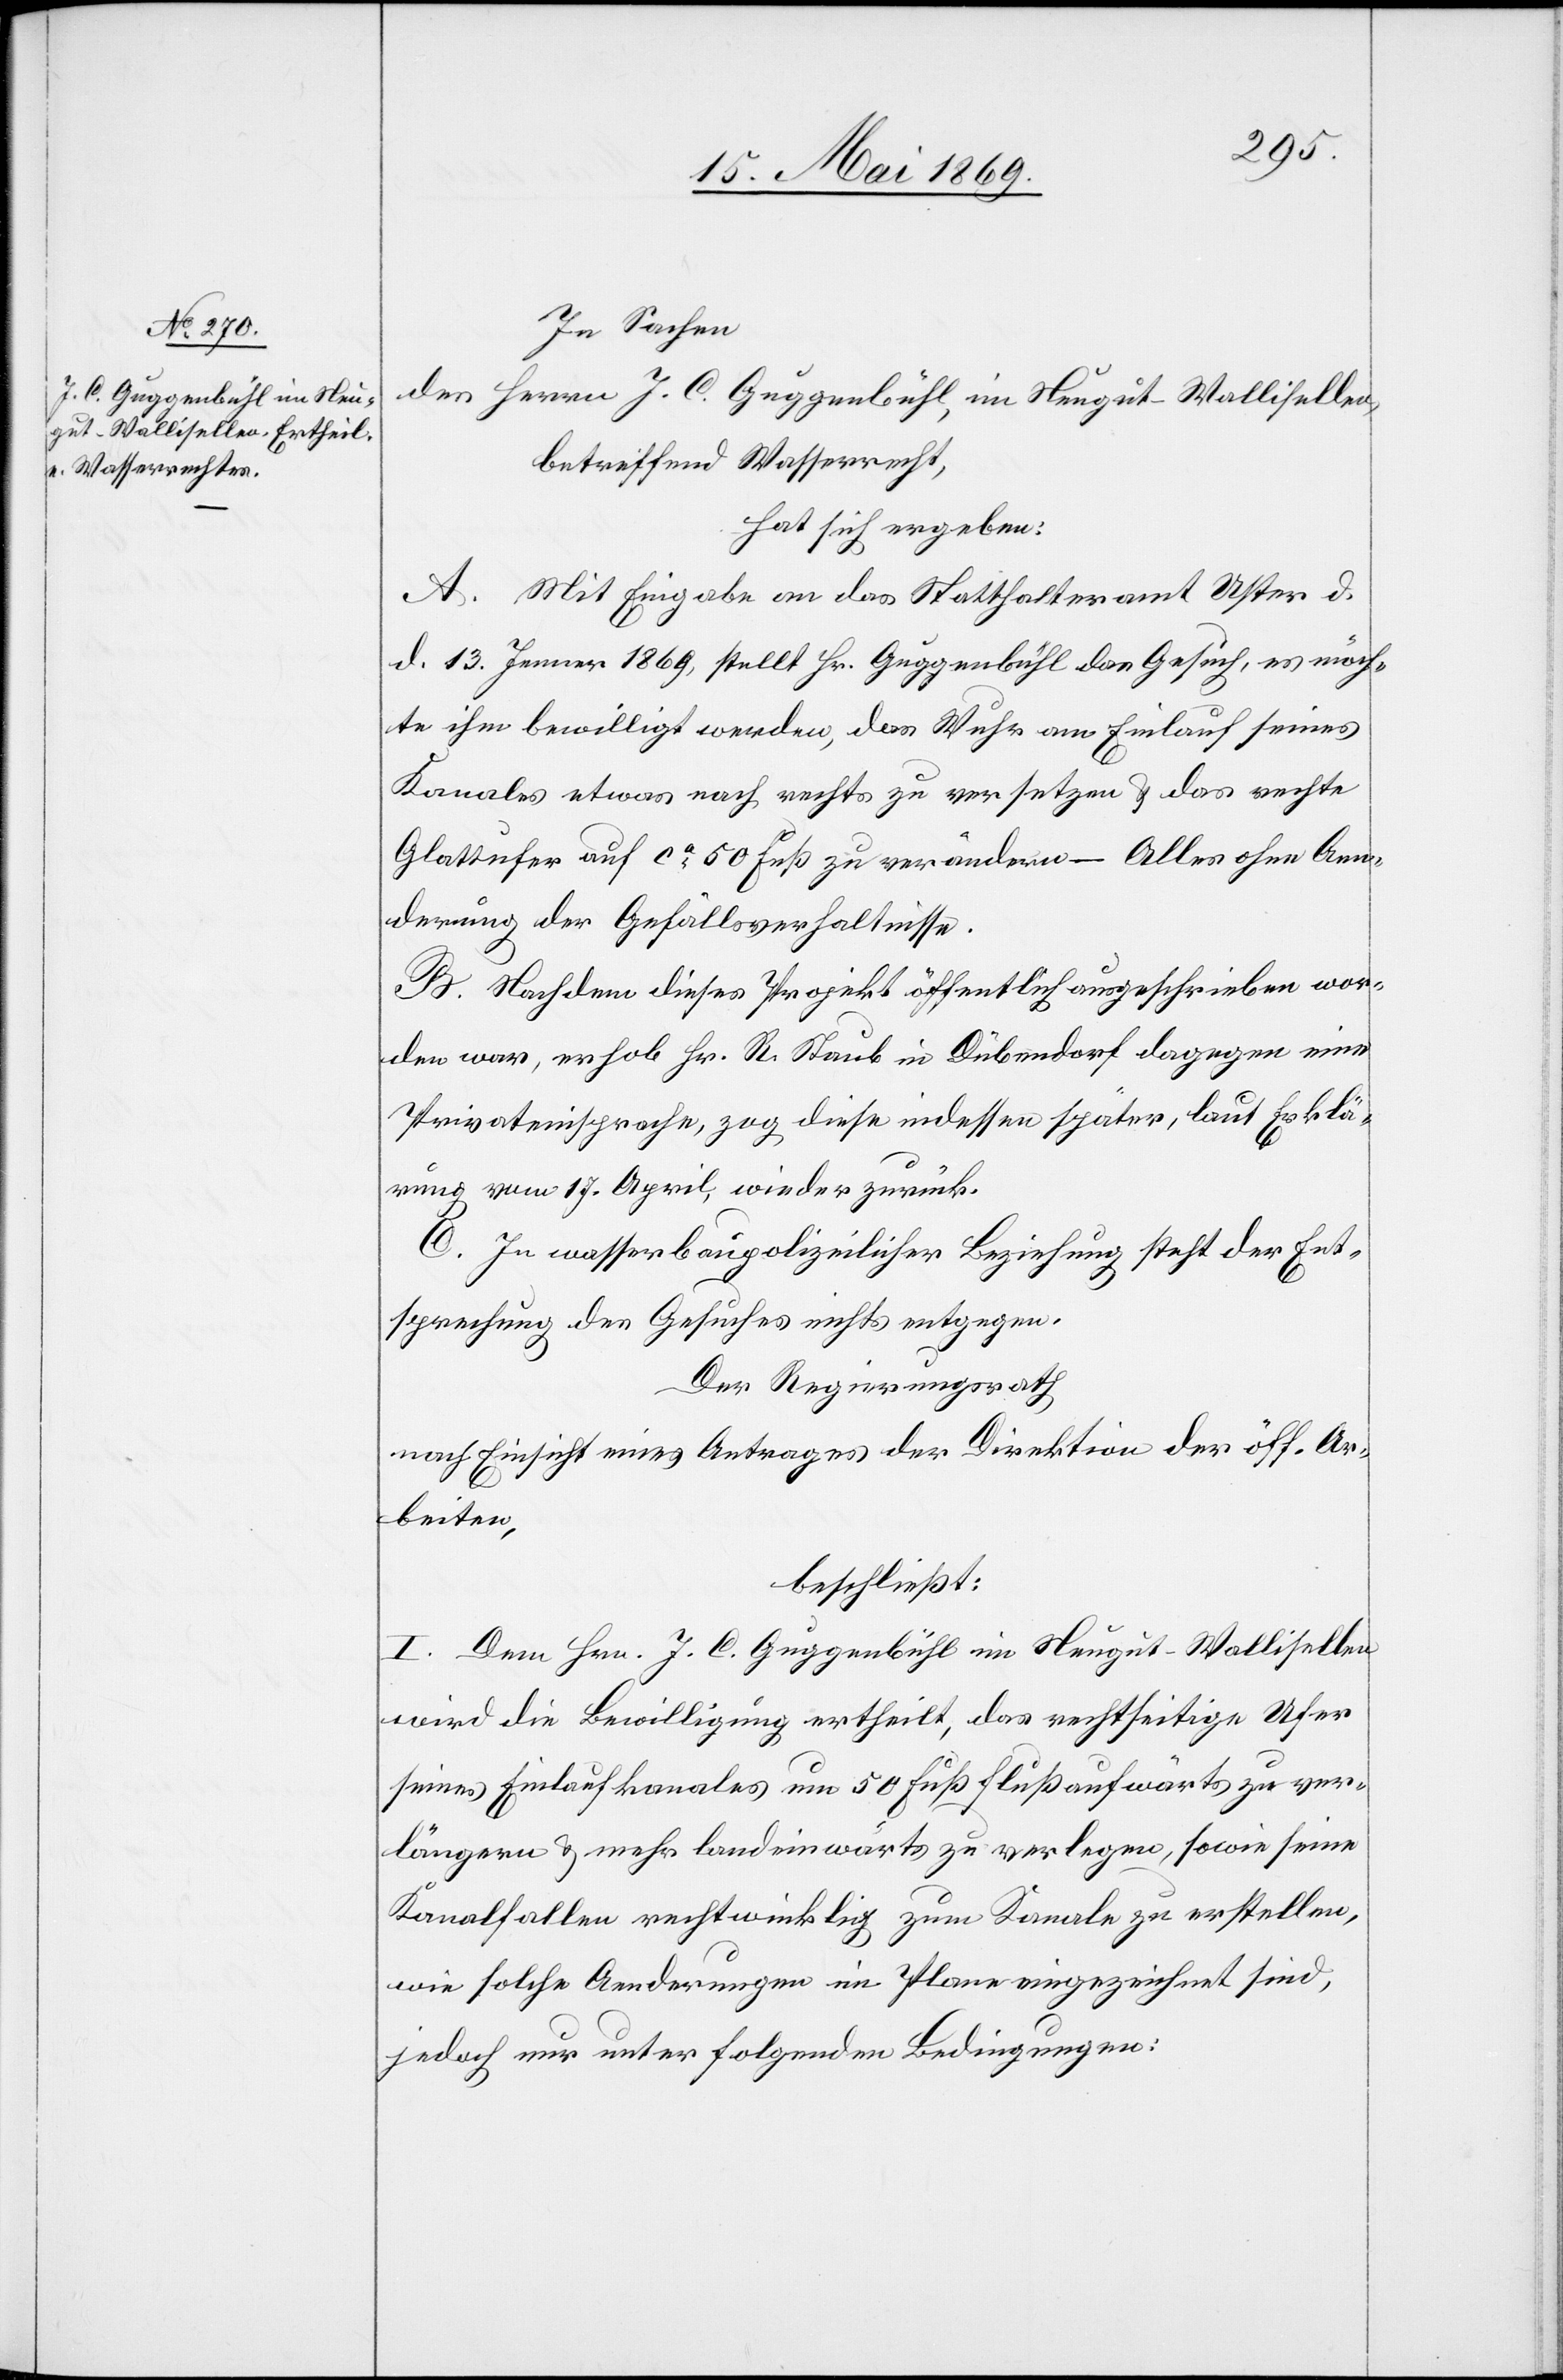
In Sachen
des Herrn J. C. Guggenbühl, im Neugut-Wallisellen,
betreffend Wasserrecht,
hat sich ergeben:
A. Mit Eingabe an das Statthalteramt Uster d.
d. 13. Jenner 1869, stellt Hr. Guggenbühl das Gesuch, es möch¬
te ihm bewilligt werden, das Wuhr am Einlauf seines
Kanales etwas nach rechts zu versetzen u. das rechte
Glattufer auf ca 50 Fuß zu verändern – Alles ohne Aen¬
derung der Gefällsverhältnisse.
B. Nachdem dieses Projekt öffentlich ausgeschrieben wor¬
den war, erhob Hr. R. Staub in Dübendorf dagegen eine
Privateinsprache, zog diese indessen später, laut Erklä¬
rung vom 17. April wieder zurück.
C. In wasserbaupolizeilicher Beziehung steht der Ent¬
sprechung des Gesuches nichts entgegen.
Der Regierungsrath
nach Einsicht eines Antrages der Direktion der öff. Ar¬
beiten,
beschließt:
I. Dem Hrn. J. C. Guggenbühl im Neugut-Wallisellen
wird die Bewilligung ertheilt, das rechtseitige Ufer
seines Einlaufkanales um 50 Fuß flußaufwärts zu ver¬
längern u. mehr landeinwärts zu verlegen, sowie seine
Kanalstellen rechtwinklig zum Kanale zu erstellen,
wie solche Aenderungen im Plane eingezeichnet sind,
jedoch nur unter folgenden Bedingungen: